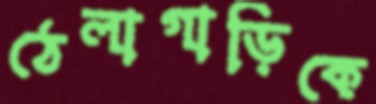
ঠেলাগাড়িকে